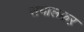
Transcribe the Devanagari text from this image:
सभालक़ऱ